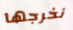
نخرجها